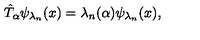
\hat { T } _ { \alpha } \psi _ { \lambda _ { n } } ( x ) = \lambda _ { n } ( \alpha ) \psi _ { \lambda _ { n } } ( x ) ,